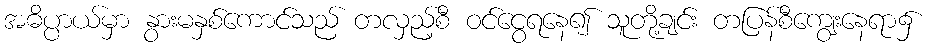
အဓိပ္ပာယ်မှာ နွားမနှစ်ကောင်သည် တလှည့်စီ ဝင်ငွေရနေ၍ သူတို့ချင်း တပြန်စီကျွေးနေရာ၌